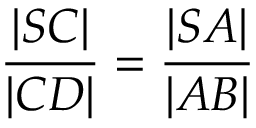
\, { \frac { | S C | } { | C D | } } = { \frac { | S A | } { | A B | } }